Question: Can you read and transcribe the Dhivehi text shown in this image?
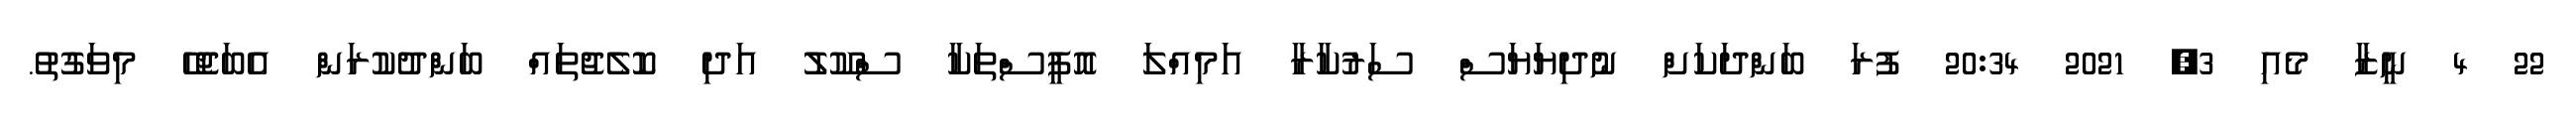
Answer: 22 4 ނީޒާ މެއި 3, 2021 20:34 ފުރަ ބަންދަކަށް ނުދިޔަޔަސް ސަރުކާރާ އަމިއްލަ އޮފީސްތަކާ ސްކޫލު އަދި ކޮލެޖުތައް ބަންދުކުރަން އެބަޖެހޭ މިވަގުތު.